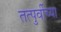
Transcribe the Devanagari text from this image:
तत्पुर्वीच्या